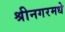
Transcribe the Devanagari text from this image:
श्रीनगरमधे